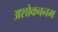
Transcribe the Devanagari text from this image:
अशोकवनम